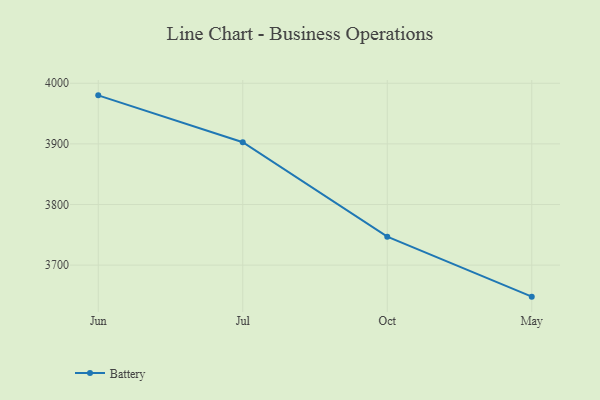
{"axis": {"x": "Month", "y": "Temperature (°C)"}, "legend": ["Battery"], "data": [{"x": "Jun", "y": 3980.1, "type": "Battery"}, {"x": "Jul", "y": 3902.8, "type": "Battery"}, {"x": "Oct", "y": 3747.0, "type": "Battery"}, {"x": "May", "y": 3648.0, "type": "Battery"}]}